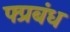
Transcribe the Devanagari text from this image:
फ्प्रबंध